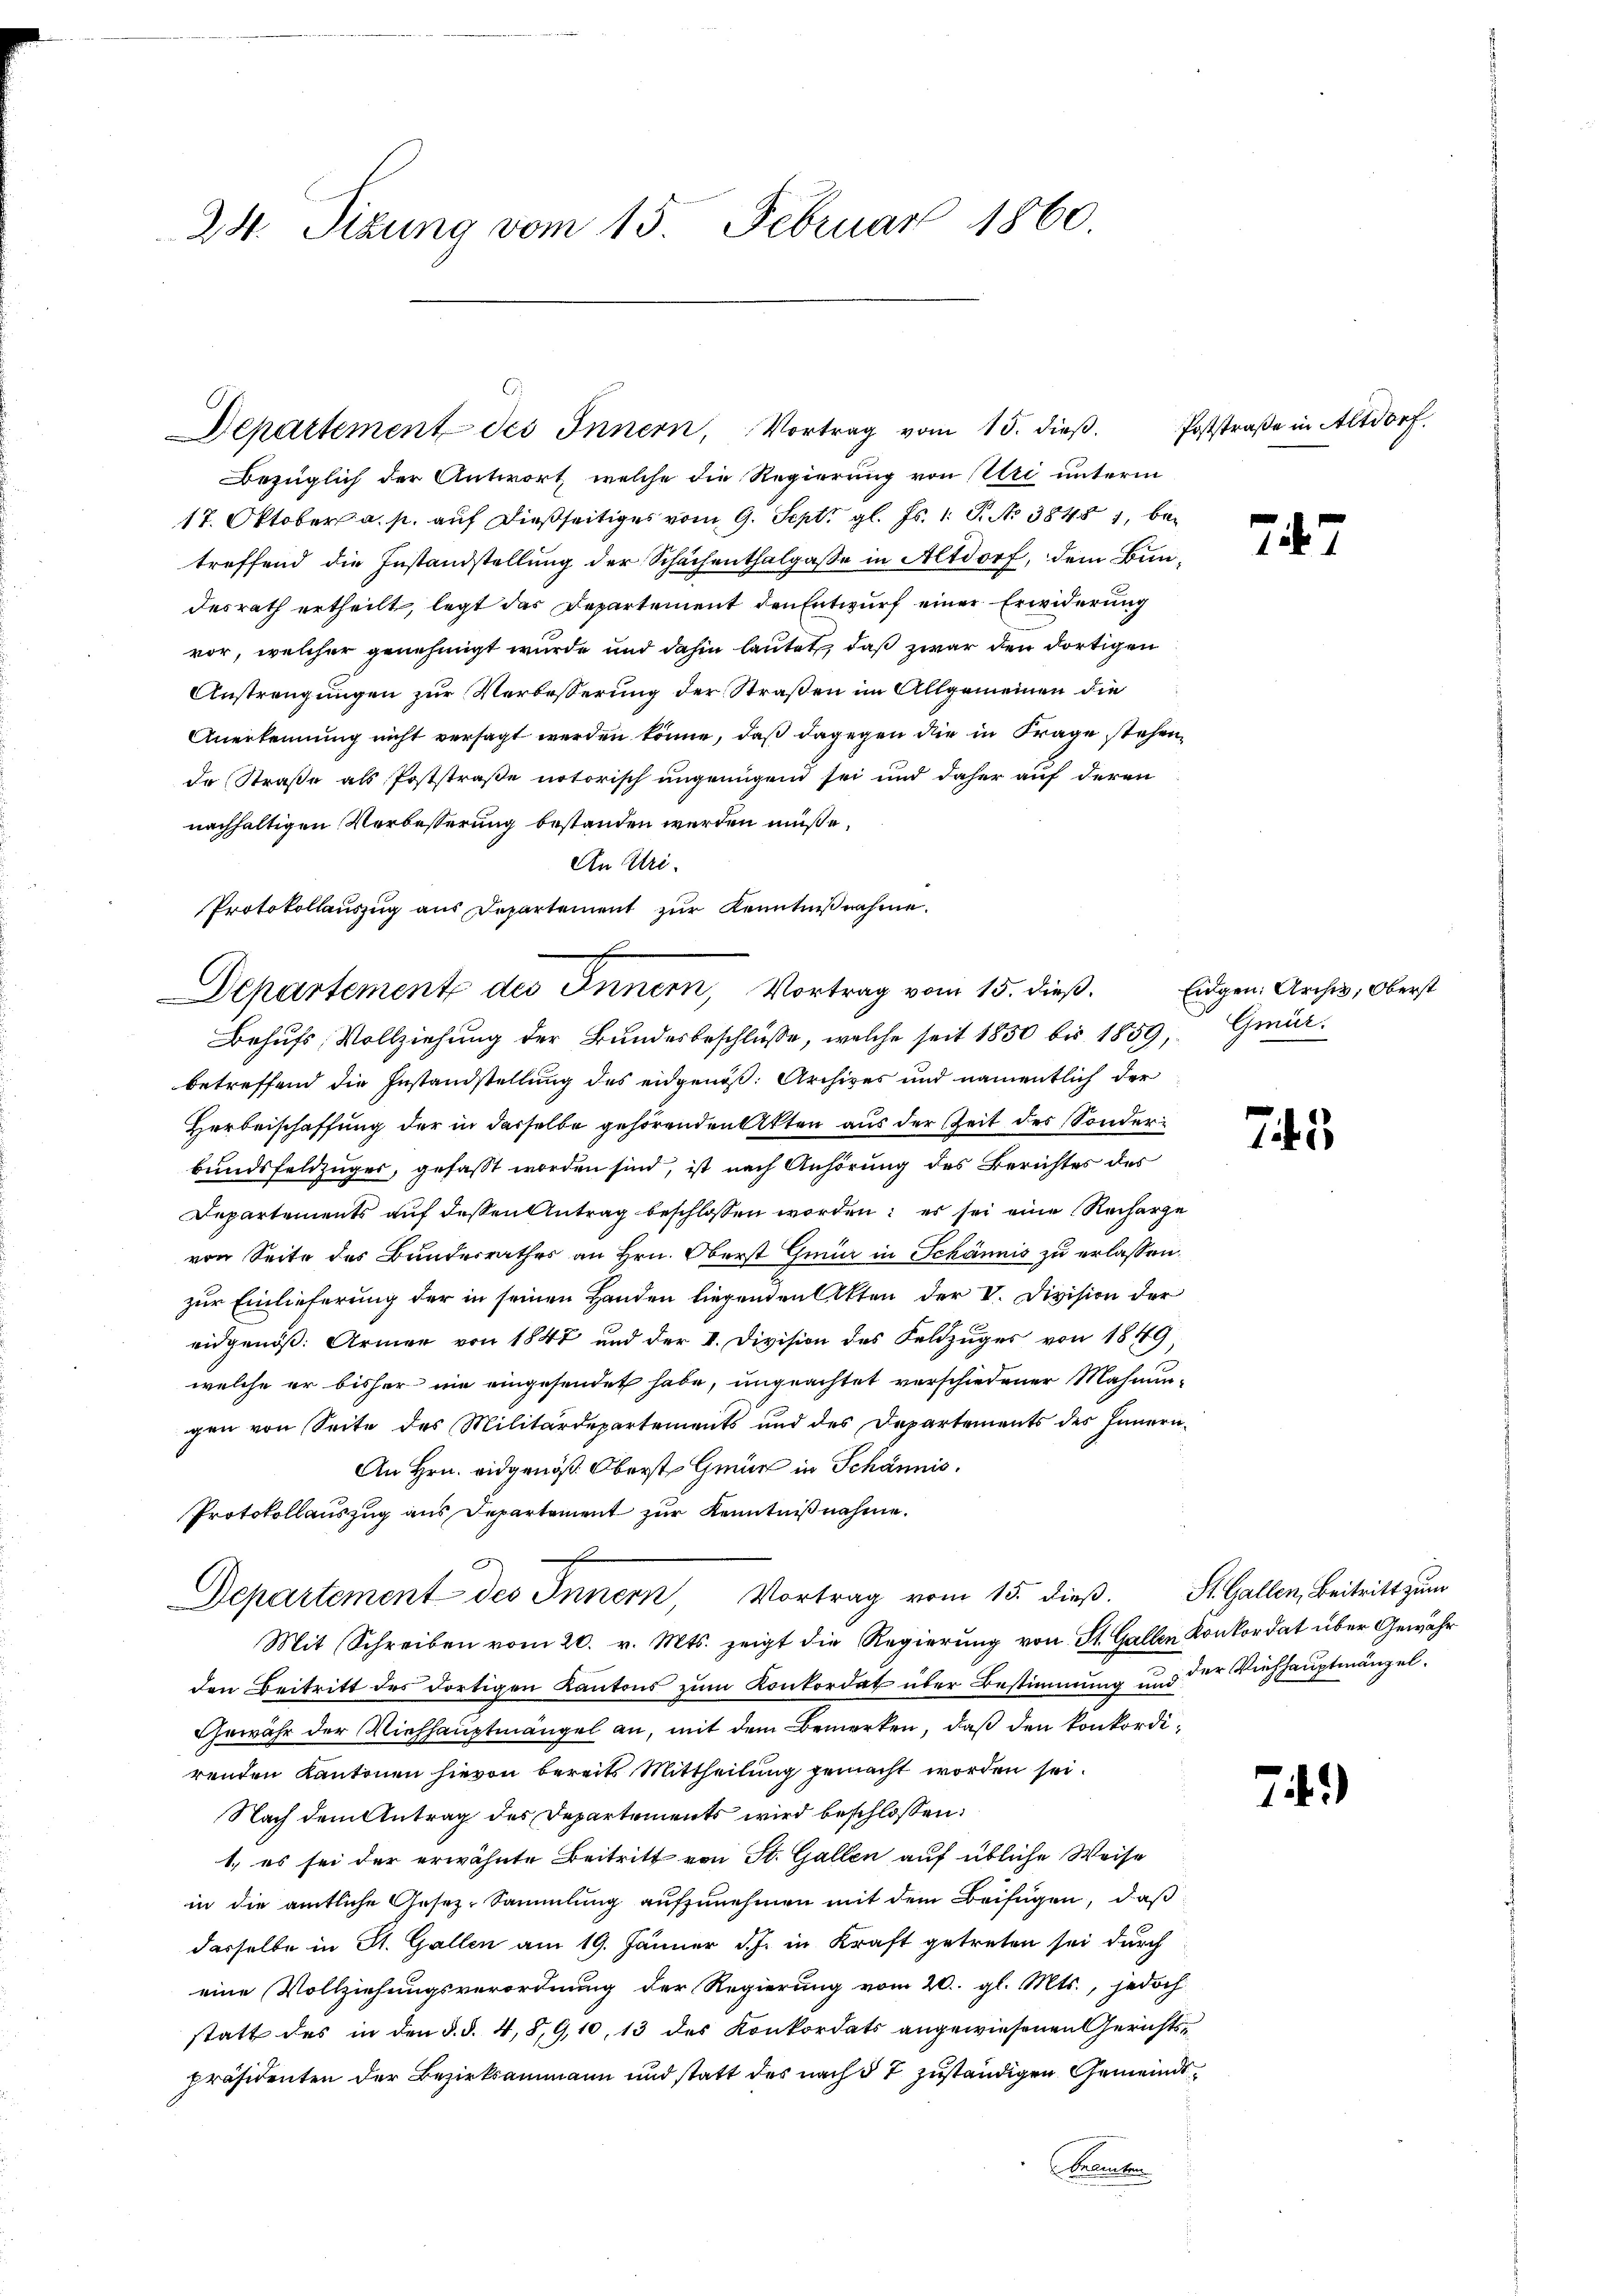
24. Sizung vom 15. Februar 1860

Protokollaŭszŭg aŭs Departement zŭr Kenntniβnahme.
Departemente des Innern, Vortrag vom 15. dieß.

E
Departement des Innern, Vortrag vom 15. dieß.

Bezüglich der Antwort, welche die Regierung von Uri unterm
17. Oktober a. p. auf dießseitiges vom 9. Sept. gl. Js. 1 S. No 38481, betreffend die Instandstellung der Schächenthalgasse in Altdorf, dem Bundesrath ertheilt, legt das Departement den Entwurf einer Erwiderung
vor, welcher genehmigt wurde und dahin lautet, daß zwar den dortigen
Anstrengungen zur Verbesserung der Straßen im Allgemeinen die
Anerkennung nicht versagt werden könne, daß dagegen die in Frage stehen,
de Straße als Poststraße notorisch ungenügend sei und daher auf deren
nachhaltigen Verbesserung bestanden werden müße,
An Uri.
Behufs Vollziehung der Bundesbeschlüsse, welche seit 1850 bis 1859, Gmürbetreffend die Zustandstellung des eidgenöß: Archives und namentlich der
Herbeischaffung der in derselbe gehörenden Akten aus der Zeit des Sonderbundsfeldzuges, gefaßt worden sind, ist nach Anhörung des Berichtes des
Departements auf dessen Antrag beschlossen worden; es sei eine Recharge
von Seite des Bundesrathes an Hrn. Oberst Gmür in Schännis zu erlassen.
zur Einlieferung der in seinen Handen liegenden Akten der V. Division der
eidgenöß: Armen von 1847 und der I. Division des Feldzuges von 1849
welche er bisher nie eingesendet habe, ungeachtet verschiedener Mahnun-
gen von Seite des Militärdepartements und des Departements des Innern
An Hrn. eidgenöß. Oberst Gmür in Schännis.
Protokollauszug aus Departement zur Kenntnißnahme.
d
Departement des Innern, Vortrag vom 15. dieβ. St. Gallen, Beitritt zum
Mit Schreiben vom 20. v. Mts. zeigt die Regierŭng von St. Gallen Konkordat über Gewähr
den Beitritt des dortigen Kantons zum Konkordat über Bestimmung und der Viehhauptmängel¬
Gewähr der Viehhauptmängel an, mit dem Bemerken, daß den konkordirenden Kantonen hievon bereits Mittheilung gemacht worden sei.
Nach dem Antrag des Departements wird beschlossen:
1.) es sei der erwähnte Beitritt von St. Gallen auf übliche Weise
in die amtliche Gesez-Sammlung aufzunehmen mit dem Beifügen, daß
dasselbe in St. Gallen am 19. Jänner d. J. in Kraft getreten sei durch
eine Vollziehungsverordnung der Regierung vom 20. gl. Mts., jedoch
statt des in den §. §. 4.8,9,10, 13 des Konkordats angewiesenen Gerichtspräsidenten der Bezirksammann und statt des nach § 7 zuständigen Gemeinde¬
Francher

Poststraße in Altdorf.

247

Eigen. Archiv, Oberst

745

74.)